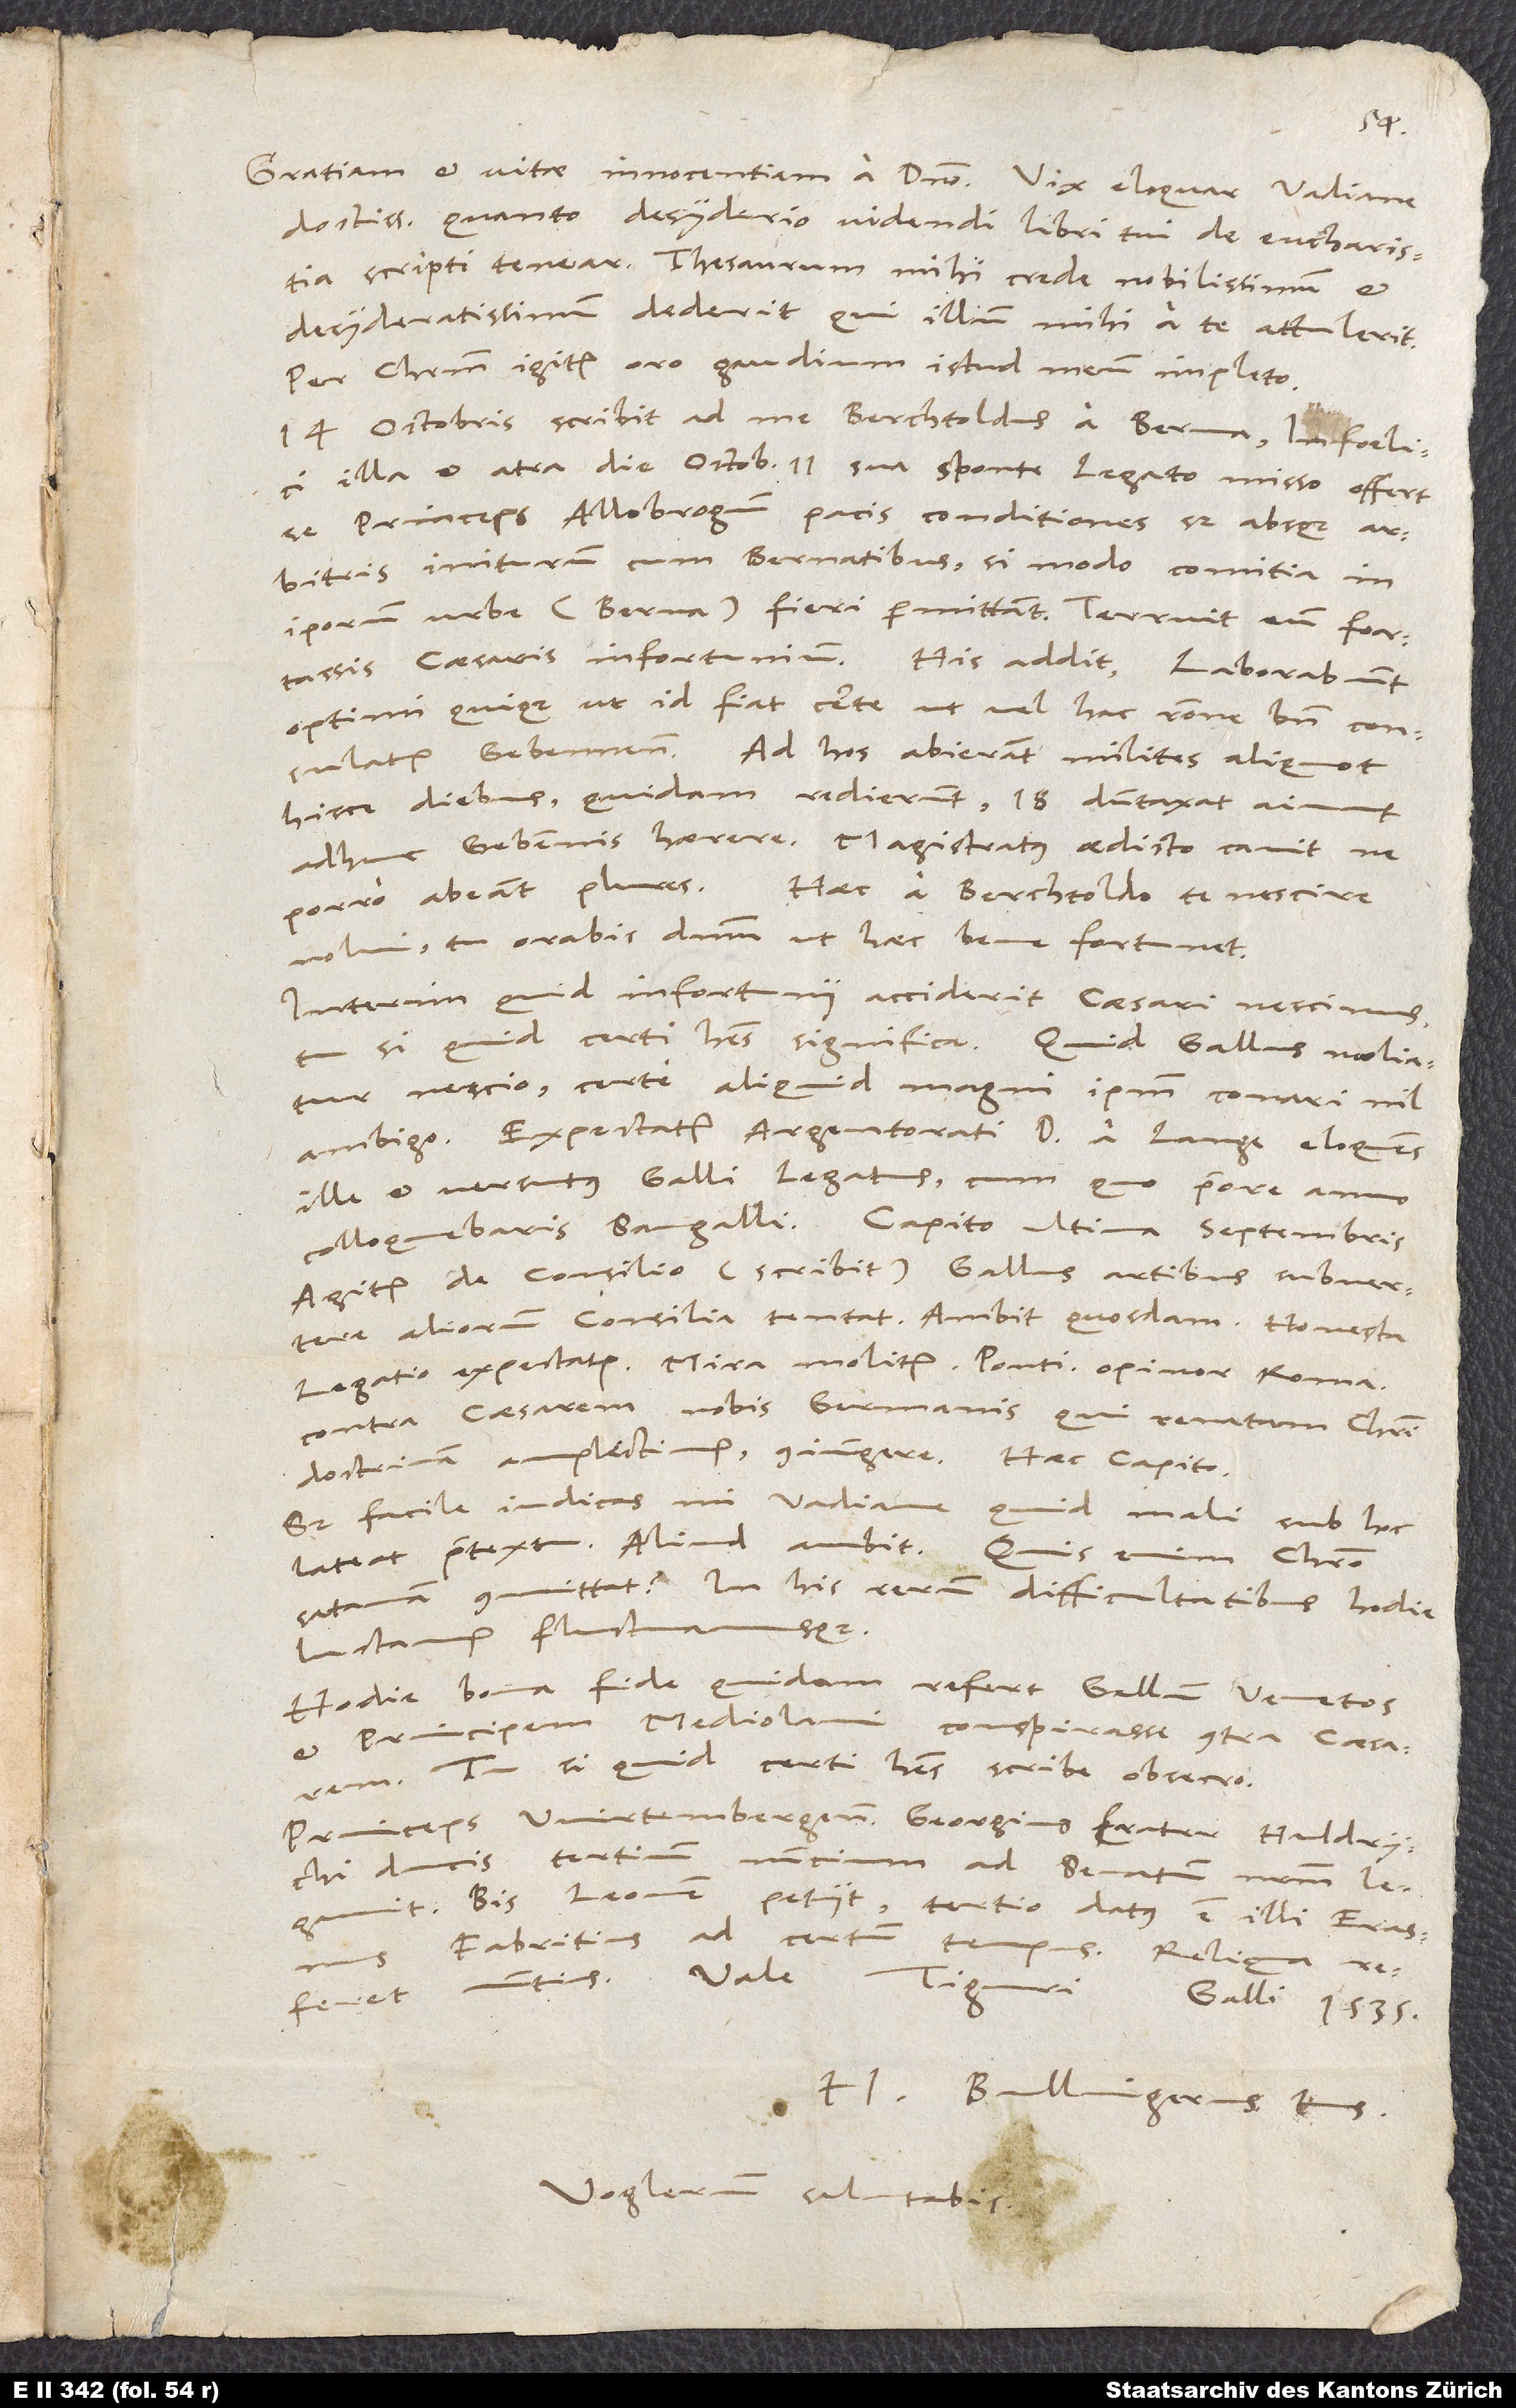
doctissime, quanto desyderio videndi libri tui de eucharistia
scripti tenear. Thesaurum, mihi crede, nobilissimum et
desyderatissimum dederit, qui illum mihi a te attulerit.
Per Christum igitur oro, gaudium istud meum impleto.
14. octobris scribit ad me Berchtoldus a Berna: "Infoelici
illa et atra die octobris 11. sua sponte legato misso offert
se princeps Allobrogum pacis conditiones, sed absque
arbitris, initurum cum Bernatibus, si modo comitia in
ipsorum urbe" (Berna) "fieri permittant. Terruit eum fortassis
caesaris infortunium." His addit: "Laborabunt
optimi quique, ut id fiat certe, ut vel hac ratione bene consulatur
Gebennensibus. Ad hos abierant milites aliquot
hisce diebus; quidam redierunt, 18 dumtaxat aiunt
adhuc Gebennis haerere. Magistratus aedicto cavit, ne
porro abeant plures."7 Haec a Berchtoldo te nescire
nolui. Tu orabis dominum, ut haec bene fortunet.
Interim quid infortunii acciderit caesari, nescimus.
nescio. Certe aliquid magni ipsum conari nil
ambigo. Expectatur Argentorati dominus a Lange, eloquens
ille et versutus Galli legatus, cum quo priore anno
colloquebaris Sangalli. Capito ultima Septembris:
"Agitur de consilio" (scribit). "Gallus artibus subvertere
aliorum consilia tentat. Ambit quosdam. Honesta
legatio expectatur. Mira molitur: Pontificem, opinor, Romanum
contra caesarem nobis Germanis, qui renatam Christi
doctrinam amplectimur, coniungere." Haec Capito.
Sed facile iudicas, mi Vadiane, quid mali sub hoc
lateat praetextu. Aliud ambit. Quis enim Christo
satanam committat? In his rerum difficultatibus hodie
luctamur fluctuamusque.
Hodie bona fide quidam refert Gallum, Venetos
et principem Mediolani conspirasse contra caesarem.
Tu si quid certi habes, scribe, obsecro.
Princeps Wirtembergensis Georgius, frater Huldrychi
ducis, tertium nuncium ad senatum nostrum legavit.
Bis Leonem petiit; tertio datus est illi Erasmus
Fabritius ad certum tempus. Reliqua
H. Bullingerus tuus.
Voglerum salutabis.